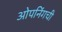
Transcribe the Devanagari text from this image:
ओपनिंगची